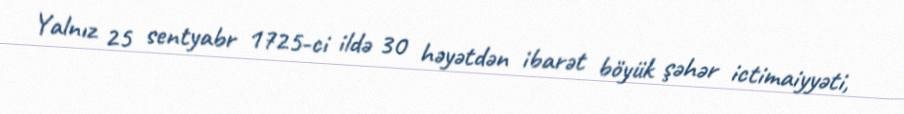
Yalnız 25 sentyabr 1725-ci ildə 30 həyətdən ibarət böyük şəhər ictimaiyyəti,